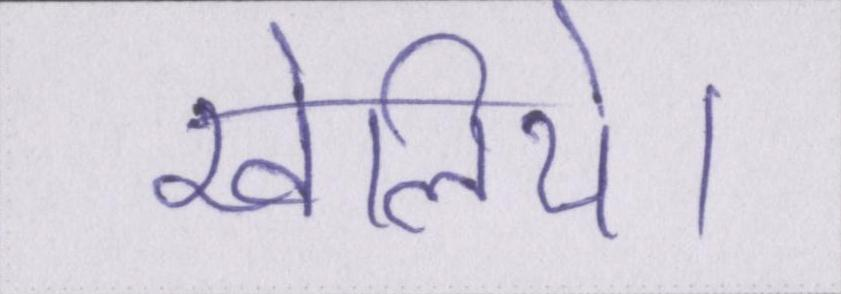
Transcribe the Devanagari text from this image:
खेलिये।